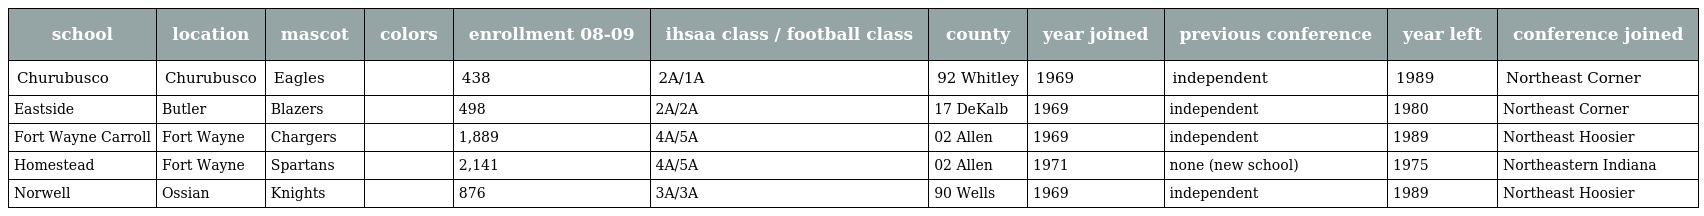
| school | location | mascot | colors | enrollment 08-09 | ihsaa class / football class | county | year joined | previous conference | year left | conference joined |
 | --- | --- | --- | --- | --- | --- | --- | --- | --- | --- | --- |
 | Churubusco | Churubusco | Eagles |  | 438 | 2A/1A | 92 Whitley | 1969 | independent | 1989 | Northeast Corner |
 | Eastside | Butler | Blazers |  | 498 | 2A/2A | 17 DeKalb | 1969 | independent | 1980 | Northeast Corner |
 | Fort Wayne Carroll | Fort Wayne | Chargers |  | 1,889 | 4A/5A | 02 Allen | 1969 | independent | 1989 | Northeast Hoosier |
 | Homestead | Fort Wayne | Spartans |  | 2,141 | 4A/5A | 02 Allen | 1971 | none (new school) | 1975 | Northeastern Indiana |
 | Norwell | Ossian | Knights |  | 876 | 3A/3A | 90 Wells | 1969 | independent | 1989 | Northeast Hoosier |